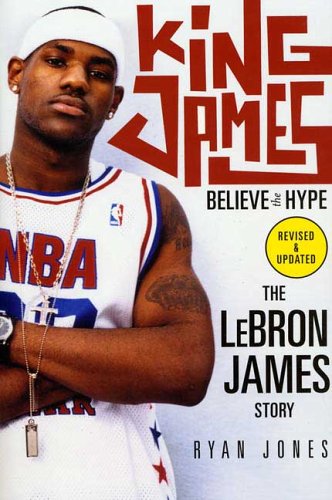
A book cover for King James: Believe the Hype---The LeBron James Story; Ryan Jones; Biographies & Memoirs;